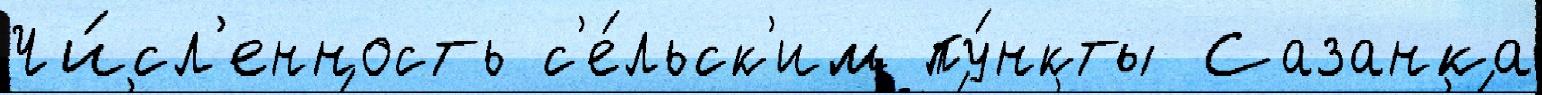
Чи́сл'енность с'е́льск'им пу́нкты Сазанка